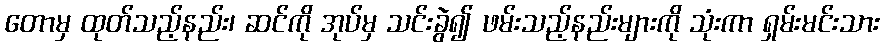
တောမှ ထုတ်သည့်နည်း၊ ဆင်ကို အုပ်မှ သင်းခွဲ၍ ဖမ်းသည့်နည်းများကို သုံးကာ ရှမ်းမင်းသား